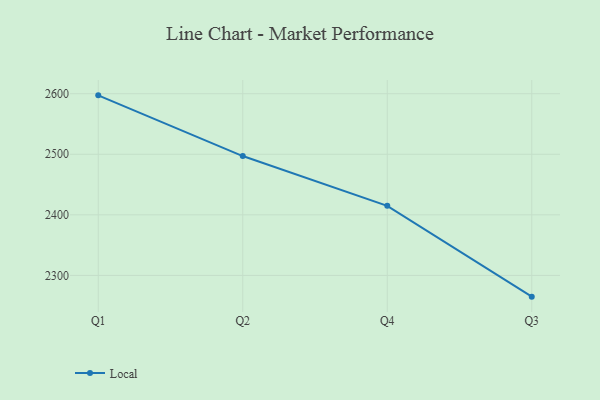
{"axis": {"x": "Quarter", "y": "Bounce Rate (%)"}, "legend": ["Local"], "data": [{"x": "Q1", "y": 2597.3, "type": "Local"}, {"x": "Q2", "y": 2497.1, "type": "Local"}, {"x": "Q4", "y": 2414.9, "type": "Local"}, {"x": "Q3", "y": 2265.0, "type": "Local"}]}